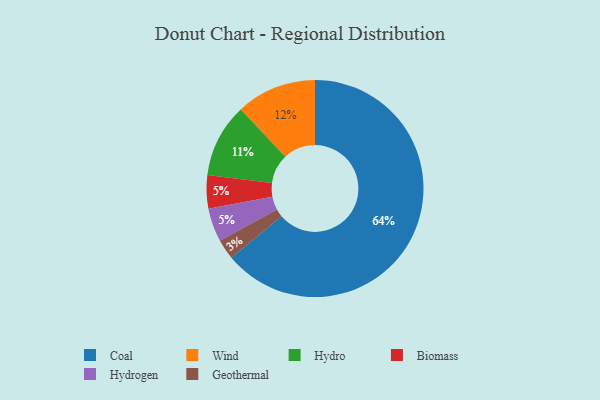
{"axis": {"x": "Category", "y": "Percentage"}, "legend": ["Biomass", "Coal", "Geothermal", "Hydro", "Hydrogen", "Wind"], "data": [{"x": "Biomass", "y": 5, "type": "Biomass"}, {"x": "Geothermal", "y": 3, "type": "Geothermal"}, {"x": "Coal", "y": 64, "type": "Coal"}, {"x": "Wind", "y": 12, "type": "Wind"}, {"x": "Hydro", "y": 11, "type": "Hydro"}, {"x": "Hydrogen", "y": 5, "type": "Hydrogen"}]}